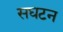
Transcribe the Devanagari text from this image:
सघटन